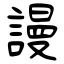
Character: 謾